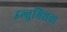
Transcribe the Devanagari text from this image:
इल्तुमिशचा